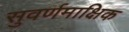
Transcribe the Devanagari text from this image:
सुवर्णमाक्षिक